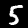
Digit: 5